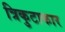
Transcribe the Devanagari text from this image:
त्रिकुटाकार